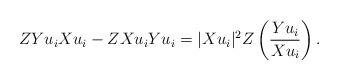
LaTeX: \begin{align*} ZYu_i Xu_i-ZXu_iYu_i = |Xu_i|^2 Z\left(\frac{Yu_i}{Xu_i} \right). \end{align*}